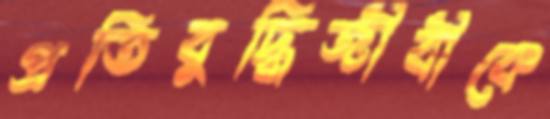
প্রতিবুদ্ধিজীবীকে